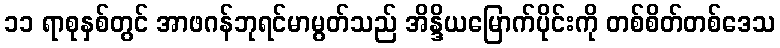
၁၁ ရာစုနှစ်တွင် အာဖဂန်ဘုရင်မာမွတ်သည် အိန္ဒိယမြောက်ပိုင်းကို တစ်စိတ်တစ်ဒေသ